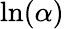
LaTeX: \textrm{ln}(\alpha)